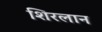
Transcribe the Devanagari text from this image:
शिरलान